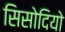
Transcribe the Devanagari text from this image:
सिसोदियो